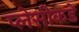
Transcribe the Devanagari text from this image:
प्लेसीकडे